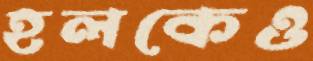
হলকেও